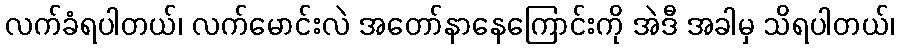
လက်ခံရပါတယ်၊ လက်မောင်းလဲ အတော်နာနေကြောင်းကို အဲဒီ အခါမှ သိရပါတယ်၊